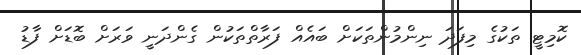
ކޮމިޓީ ތަކުގެ މިފަދަ ނިންމުންތަކަށް ބައެއް ފަރާތްތަކުން ގެންދަނީ ވަރަށް ބޮޑަށް ފާޑު